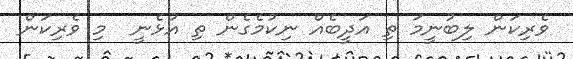
ވެރިކަން ލިބުނީމަ ތި އަދީބެއް ނިކުމެގެން ތި އުޅެނީ  މި ވެރިކަން